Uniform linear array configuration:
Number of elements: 4
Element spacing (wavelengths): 0.75
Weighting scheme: blackman
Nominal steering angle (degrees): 60
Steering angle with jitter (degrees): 61.374
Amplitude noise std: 0.05
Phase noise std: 0.05

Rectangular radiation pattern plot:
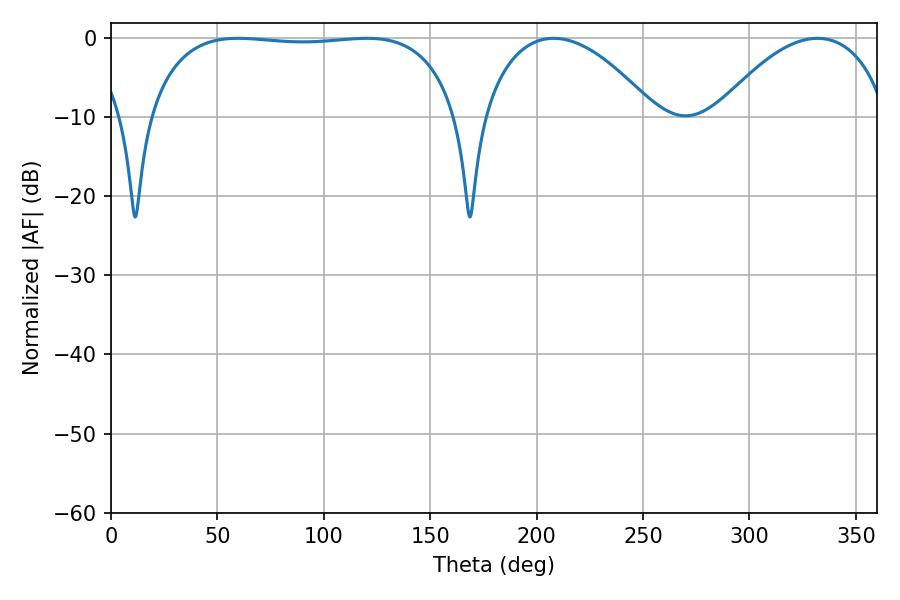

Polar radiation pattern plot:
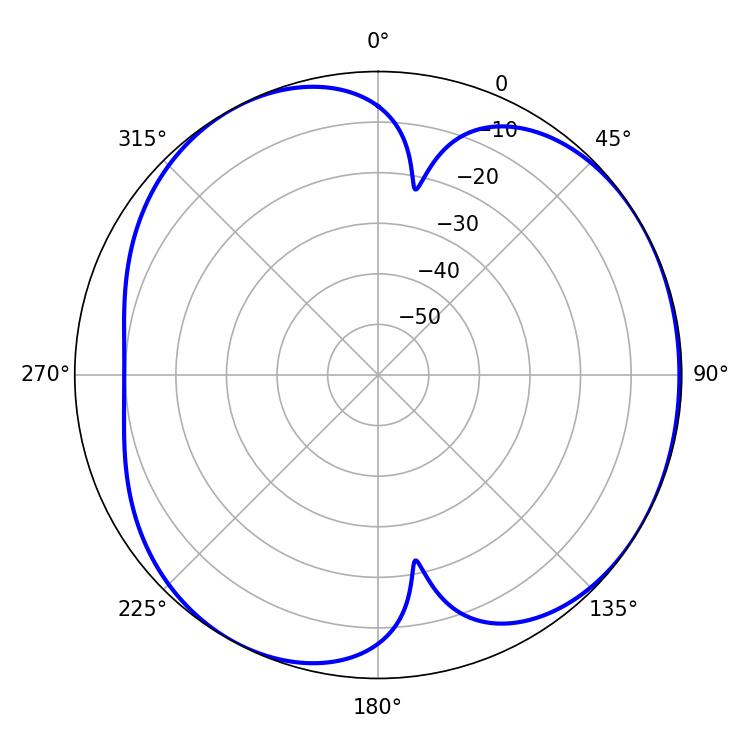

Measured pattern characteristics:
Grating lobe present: TRUE
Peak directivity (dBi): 4.53
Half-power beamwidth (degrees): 115.92
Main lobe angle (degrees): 59.76